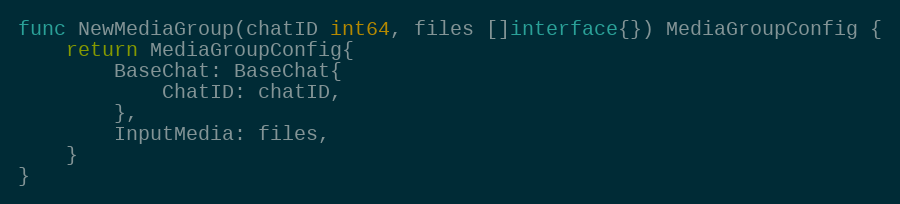
Language: Go
func NewMediaGroup(chatID int64, files []interface{}) MediaGroupConfig {
	return MediaGroupConfig{
		BaseChat: BaseChat{
			ChatID: chatID,
		},
		InputMedia: files,
	}
}